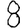
Digit: 8